Scientific memoirs by medical officers of the Army of India - Part V,
Year: 1890
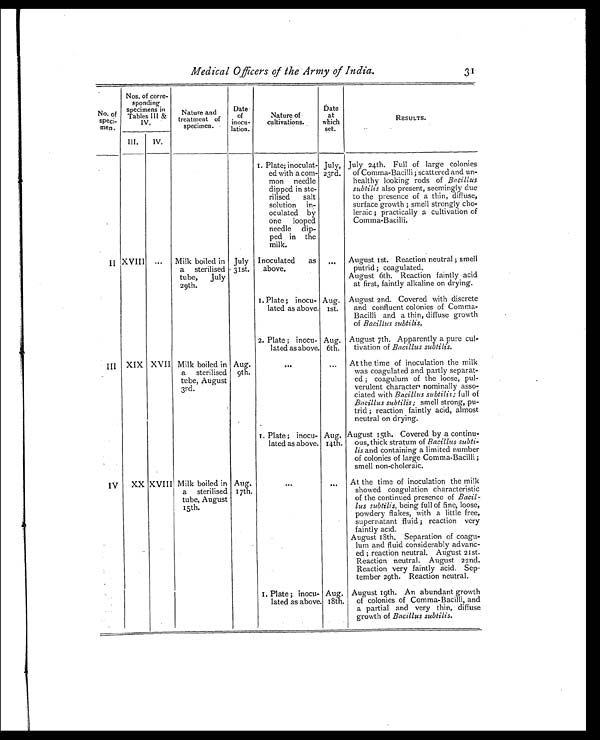
Medical Officers of the Army of India. 31
No. of
speci-
men.
Nos. of corre-
sponding
specimens in
Tables III &
IV.
Nature and
treatment of
specimen.
Date
of
inocu-
lation.
Nature of
cultivations.
Date
at
which
set.
RESULTS.
III. IV.
1. Plate; inoculat-
ed with a com-
mon needle
dipped in ste-
rilised salt
solution in-
oculated by
one looped
needle dip-
ped in the
milk.
July,
23rd.
July 24th. Full of large colonies
of Comma-Bacilli ; scattered and un-
healthy looking rods of Bacillus
subtilis also present, seemingly due
to the presence of a thin, diffuse,
surface growth ; smell strongly cho-
leraic ; practically a cultivation of
Comma-Bacilli.
I I XVIII ... Milk boiled in
a sterilised
tube, July
29th.
July
31st.
Inoculated as
a b o v e .
. . . August 1st. Reaction neutral ; smell
putrid; coagulated.
August 6th. Reaction faintly acid
at first, faintly alkaline on drying.
1. Plate; inocu-
lated as above.
Aug.
1st.
August 2nd. Covered with discrete
and confluent colonies of Comma-
Bacilli and a thin, diffuse growth
of Bacillus subtilis.
2. Plate ; inocu-
lated as above.
Aug.
6th.
August 7th. Apparently a pure cul-
tivation of Bacillus subtilis.
III XIX XVII Milk boiled in
a sterilised
tube, August
3rd.
Aug.
9th.
. . .
. . . At the time of inoculation the milk
was coagulated and partly separat-
ed ; coagulum of the loose, pul-
verulent character nominally asso-
ciated with Bacillus subtilis; full of
Bacillus subtilis; smell strong, pu-
trid ; reaction faintly acid, almost
neutral on drying.
1. Plate ; inocu-
lated as above.
Aug.
14th.
August 15th. Covered by a continu-
ous, thick stratum of Bacillus subti-
lis and containing a limited number
of colonies of large Comma-Bacilli ;
smell non-choleraic.
IV XX XVIII Milk boiled in
a sterilised
tube, August
15th.
Aug.
17th.
. . .
. . . At the time of inoculation the milk
showed coagulation characteristic
of the continued presence of Bacil-
lus subtilis, being full of fine, loose,
powdery flakes, with a little free,
supernatant fluid ; reaction very
faintly acid.
August 18th. Separation of coagu-
lum and fluid considerably advanc-
ed ; reaction neutral. August 21st.
Reaction neutral. August 22nd.
Reaction very faintly acid. Sep-
tember 29th. Reaction neutral.
1. Plate ; inocu-
lated as above.
Aug.
18th.
August 19th. An abundant growth
of colonies of Comma-Bacilli, and
a partial and very thin, diffuse
growth of Bacillus subtilis.